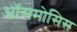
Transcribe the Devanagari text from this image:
ऑसमोसिस